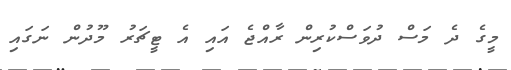
މީގެ ދެ މަސް ދުވަސްކުރިން ރާއްޖެ އައި އެ ޓީޗަރު މޫދުން ނަގައި